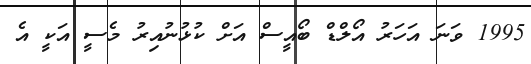
1995 ވަނަ އަހަރު އޯލްޑް ބޯއީސް އަށް ކުޅުނުއިރު މެސީ އަކީ އެ